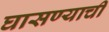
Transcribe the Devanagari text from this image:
घासण्याची